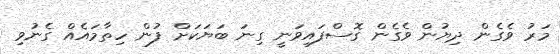
މަރު ވެގެން ދިޔުން ވެގެން ގޮސްފައިވަނީ ގިނަ ބަޔަކަށް ފުން ހިތާމައެއް ގެނުވި